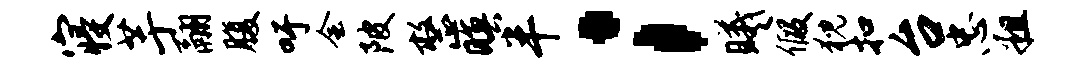
寝芋翮腹吁会陂整暝半；曦假猊扣台忠粗